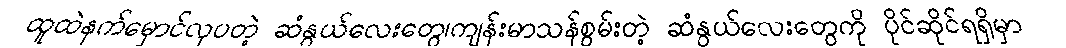
ထူထဲနက်မှောင်လှပတဲ့ ဆံနွယ်လေးတွေ၊ကျန်းမာသန်စွမ်းတဲ့ ဆံနွယ်လေးတွေကို ပိုင်ဆိုင်ရရှိမှာ